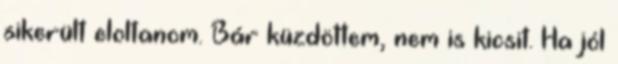
sikerült eloltanom. Bár küzdöttem, nem is kicsit. Ha jól